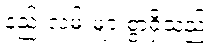
နည်းလမ်းများစွာရှိသည်